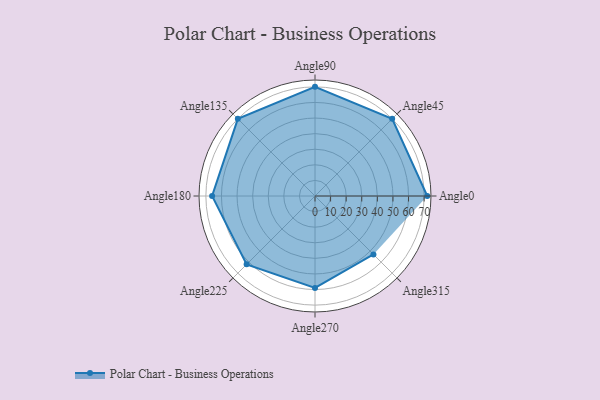
{"axis": {"x": "Angle", "y": "Radius"}, "legend": [""], "data": [{"x": "Angle0", "y": 72.0, "type": ""}, {"x": "Angle45", "y": 70.0, "type": ""}, {"x": "Angle90", "y": 70.0, "type": ""}, {"x": "Angle135", "y": 70.0, "type": ""}, {"x": "Angle180", "y": 66.0, "type": ""}, {"x": "Angle225", "y": 62.0, "type": ""}, {"x": "Angle270", "y": 59.0, "type": ""}, {"x": "Angle315", "y": 53.0, "type": ""}]}